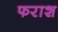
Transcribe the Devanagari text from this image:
फराश